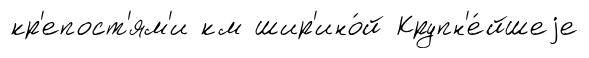
кр'епост'ям'и км шир'ино́й Крупн'е́йшеjе